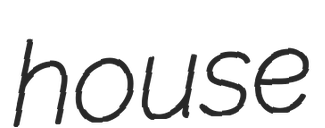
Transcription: house